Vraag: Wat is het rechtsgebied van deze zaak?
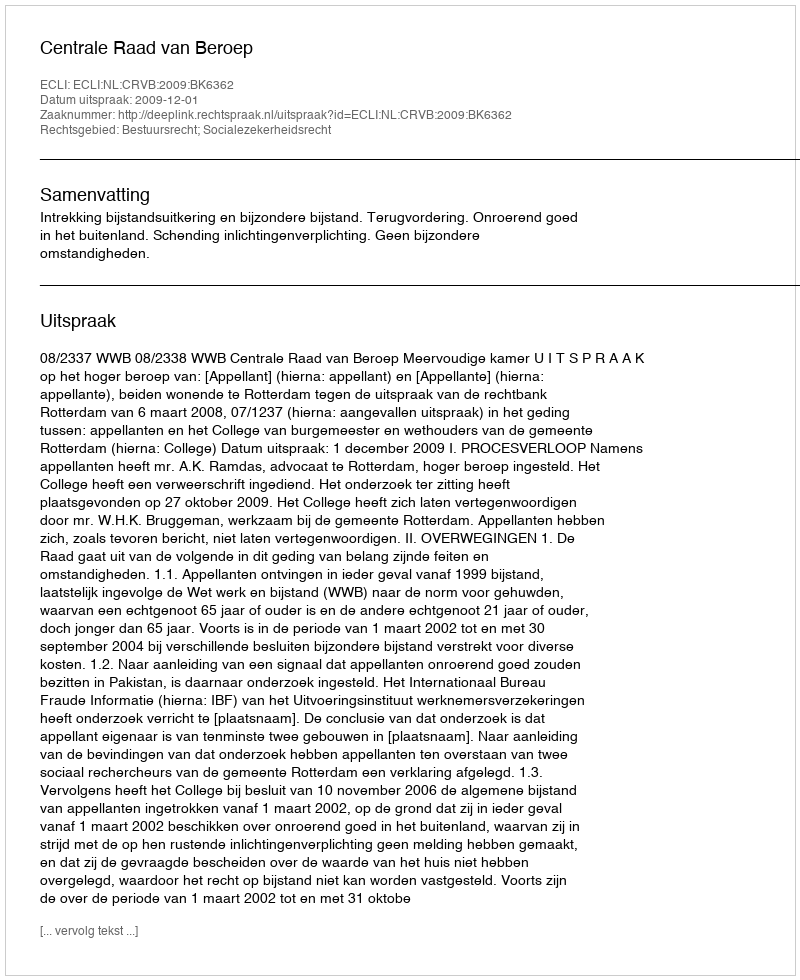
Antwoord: Bestuursrecht; Socialezekerheidsrecht